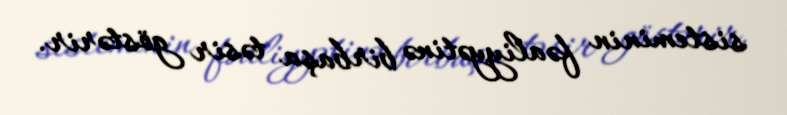
sisteminin fəaliyyətinə birbaşa təsir göstərir.